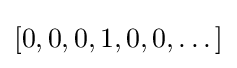
[0,0,0,1,0,0,\dots ]